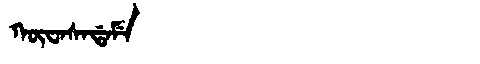
Manchu: ᡴᡡᠸᠠᠰᠠᡩᠠᠮᡝ
Romanization: KŪWASADAME